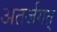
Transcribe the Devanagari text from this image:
अंतर्जगत्‌